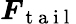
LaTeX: \boldsymbol{F}_{\mathrm{~t~a~i~l~}}